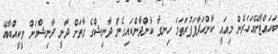
ބަހައްޓާށޭއަހަރެން މިއައީ ކާންހަދާފަފުރަތަމަ ހިނގާ ކާންދާންކައިގެން ދާނިޝްގެ ގާތަށް ދާާނީ ދާނިޝްއަށް ވީކީއްބާއޭ